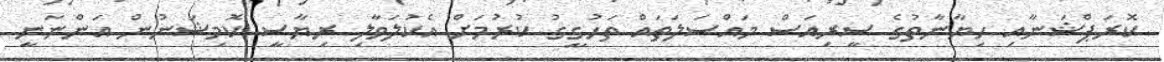
ކޮރަޕްޝަނާއި ހިޔާނާތުގެ ސީރިއަސް މައްސަލަތައް ތަހުގީގު ކުރުމަށް އެކުލަވާލި ރިޔާސީ ކޮމިޝަނުން އަންނަނީ